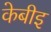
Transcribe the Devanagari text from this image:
केबीइ